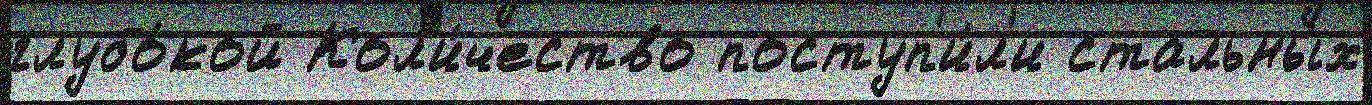
глубо́кой Кол'и́чество поступ'и́л'и стальны́х